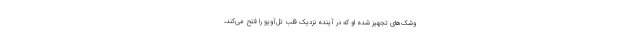
وشک‌های تجهیز شده او که در آینده نزدیک قلب تل‌آویو را فتح می‌کند،